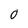
Character: 0